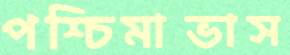
পশ্চিমাভাস